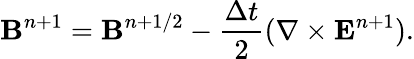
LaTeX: {\mathbf B}^{n+1}={\mathbf B}^{n+1/2}-\frac{\Delta t}{2}(\nabla\times{\mathbf E}^{n+1}).